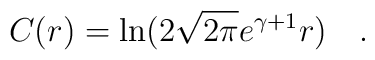
C(r)=\ln(2\sqrt{2\pi}e^{\gamma +1} r)\quad .